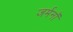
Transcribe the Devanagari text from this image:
जर्मनॉ